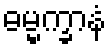
ဓမ္မက္ခာနံ